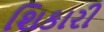
શિકારી